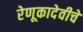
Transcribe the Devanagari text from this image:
रेणूकादेवीचे